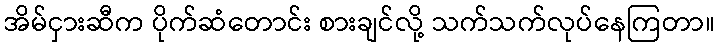
အိမ်ငှားဆီက ပိုက်ဆံတောင်း စားချင်လို့ သက်သက်လုပ်နေကြတာ။